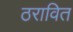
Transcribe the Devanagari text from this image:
ठरावित